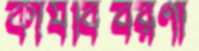
কার্যবিবরণী